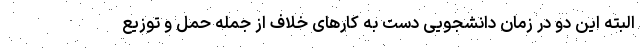
البته این دو در زمان دانشجویی دست به کارهای خلاف از جمله حمل و توزیع